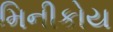
મિનીકોય